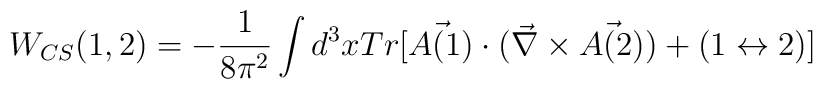
W_{CS}(1,2)=-\frac{1}{8\pi^2}\int d^3x Tr[\vec{A(1)}\cdot(\vec{\nabla}\times \vec{A(2)})+(1\leftrightarrow 2)]